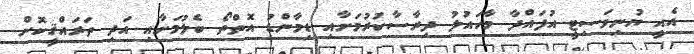
އެއީ ޔުނިވަސިޓީ އުފައްދާ މާހައުލު ދިރާސާކުރުމަށާއި ޑިމާންޑު އޮތްތޯ ބެލުމަށާއި އަދި ތަރައްޤީކޮށް